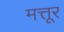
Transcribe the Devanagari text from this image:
मत्तूर